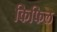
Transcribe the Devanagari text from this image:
किफिल